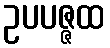
ဥပပဇ္ဇထ